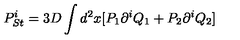
P _ { S t } ^ { i } = 3 D \int d ^ { 2 } x [ P _ { 1 } \partial ^ { i } Q _ { 1 } + P _ { 2 } \partial ^ { i } Q _ { 2 } ]